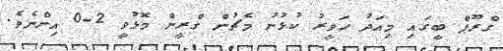
ގްރޫޕް ބީގައި މިއަދު ހަވީރު ކުޅުނު މެޗުން ގްރީން މޮޅުވީ 2-0 އިންނެވެ.